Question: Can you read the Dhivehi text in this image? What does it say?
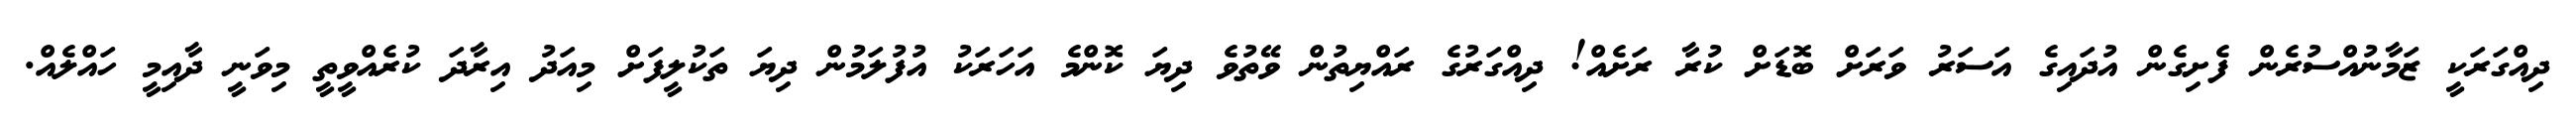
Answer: ދިއްގަރަކީ ޒަމާނުއްސުރެން ފެށިގެން އުދައިގެ އަސަރު ވަރަށް ބޮޑަށް ކުރާ ރަށެއް! ދިއްގަރުގެ ރައްޔިތުން ވޭތުވެ ދިޔަ ކޮންމެ އަހަރަކު އުފުލަމުން ދިޔަ ތަކުލީފަށް މިއަދު އިރާދަ ކުރެއްވީތީ މިވަނީ ދާއިމީ ހައްލެއް.